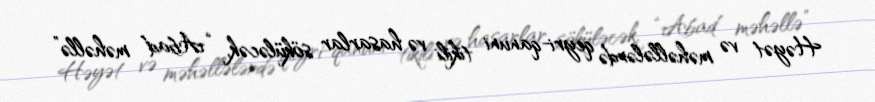
Həyət və məhəllələrdə qeyri-qanuni tikili və hasarlar söküləcək, “Abad məhəllə”